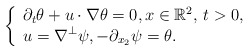
\begin{align*} \left\{\begin{array}{l}\displaystyle \partial_t \theta + u\cdot\nabla \theta =0, x \in \mathbb{R}^2, \, t>0,\\\displaystyle u =\nabla^\perp \psi, -\partial_{x_2} \psi = \theta.\end{array}\right.\end{align*}